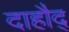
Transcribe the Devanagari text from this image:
दाहौद्